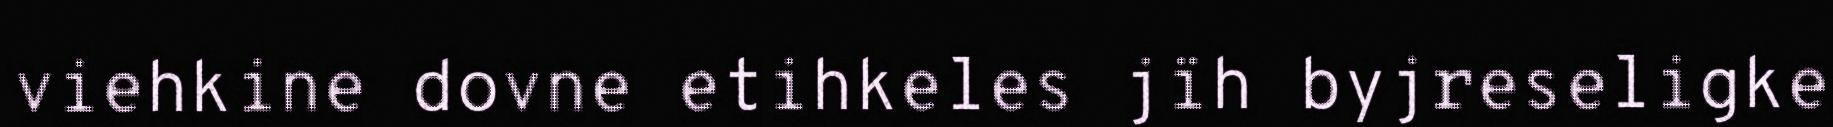
viehkine dovne etihkeles jïh byjreseligke